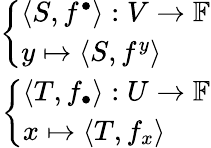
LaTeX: \begin{array}{r}{{\left\{ \begin{array}{ll}{\langle S,f^{\bullet}\rangle:V\to\mathbb{F}}\\ {y\mapsto\langle S,f^{y}\rangle}\end{array}\right.}}\\ {{\left\{ \begin{array}{ll}{\langle T,f_{\bullet}\rangle:U\to\mathbb{F}}\\ {x\mapsto\langle T,f_{x}\rangle}\end{array}\right.}}\end{array}